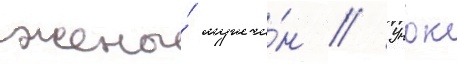
жены́ мужчи́н // Учок